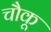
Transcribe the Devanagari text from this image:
चौकू